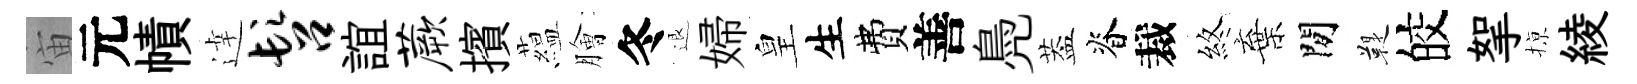
宙元幘逹髫誼蕨擯藴膾冬退婦皇生費善鳧葢脊裁煞棄閒鞮皎挐𢱊綾